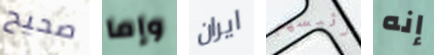
صحيح وإما ايران رئيسهم إنه